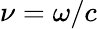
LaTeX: \nu=\omega/c